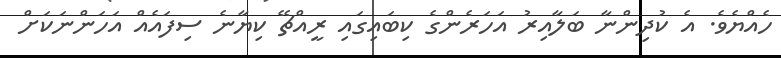
ހެއްޔެވެ. އެ ކުދިންނާ ބަލާއިރު އަހަރެންގެ ކިބައިގައި ރީއްޗޭ ކިޔާނެ ސިފައެއް އަހަންނަކަށް